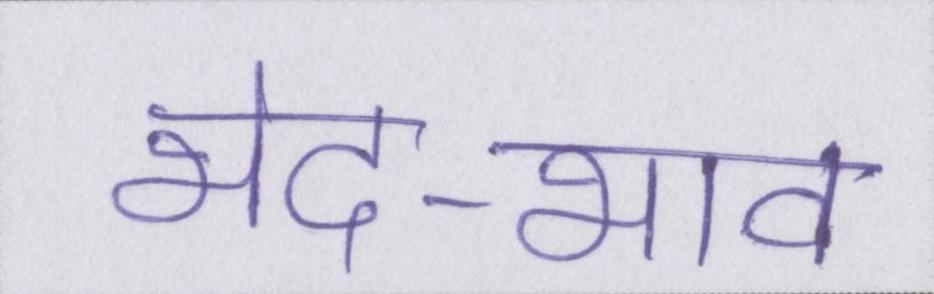
भेद-भाव